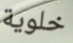
خلوية